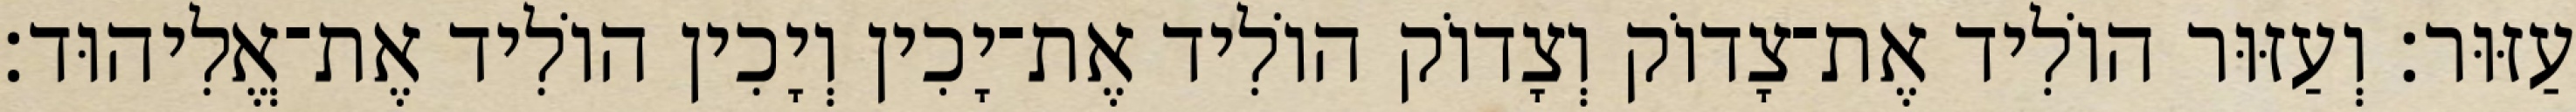
עַזּוּר׃ וְעַזּוּר הוֹלִיד אֶת־צָדוֹק וְצָדוֹק הוֹלִיד אֶת־יָכִין וְיָכִין הוֹלִיד אֶת־אֱלִיהוּד׃